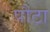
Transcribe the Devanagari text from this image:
पौटा